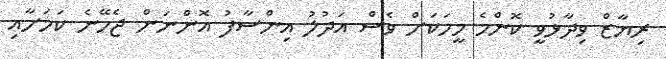
ރިޔާޒް ވިދާޅުވީ ކޮންމެ މީހަކަށް ވެސް އަދުލު އިންސާފު އޮންނަން ޖެހޭނެ ކަމަށާއި